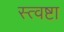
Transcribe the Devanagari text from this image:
स्त्वष्टा